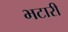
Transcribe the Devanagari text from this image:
भटारी